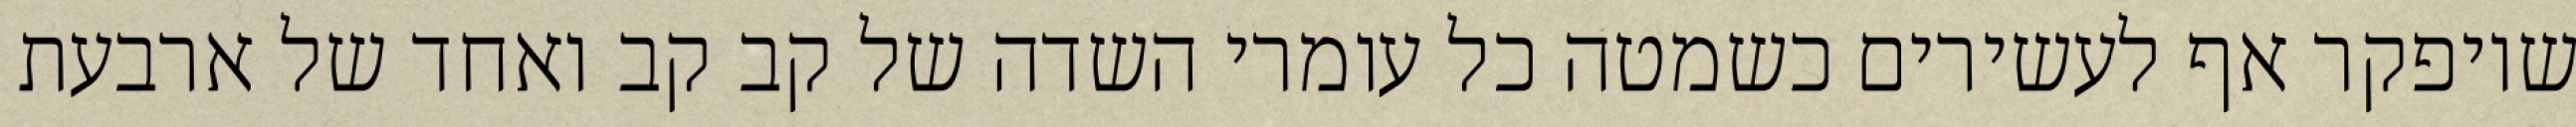
שיופקר אף לעשירים כשמטה כל עומרי השדה של קב קב ואחד של ארבעת